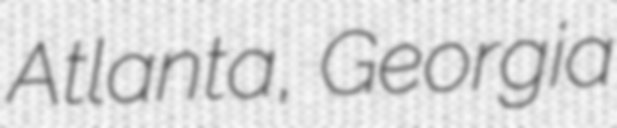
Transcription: Atlanta, Georgia